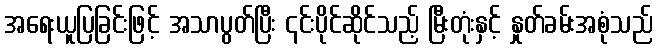
အရေးယူပြခြင်းဖြင့် အသာပွတ်ပြီး ၎င်းပိုင်ဆိုင်သည့် မြီးတုံးနှင့် နှုတ်ခမ်းအစုံသည်